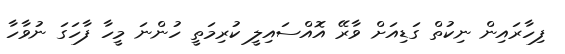
ފިހާރައިން ނިކުތް ގަޑިއަށް ވާރޭ އޮއްސައިލީ ކުރިމަތީ ހުންނަ މީހާ ފާހަގަ ނުވާހާ